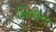
મિલોના